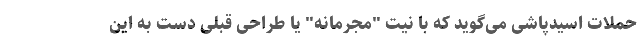
حملات اسیدپاشی می‌گوید که با نیت "مجرمانه" یا طراحی قبلی دست به این